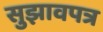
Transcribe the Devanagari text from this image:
सुझावपत्र